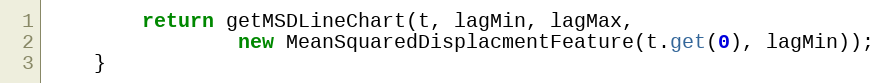
Language: Java
		return getMSDLineChart(t, lagMin, lagMax,
				new MeanSquaredDisplacmentFeature(t.get(0), lagMin));
	}